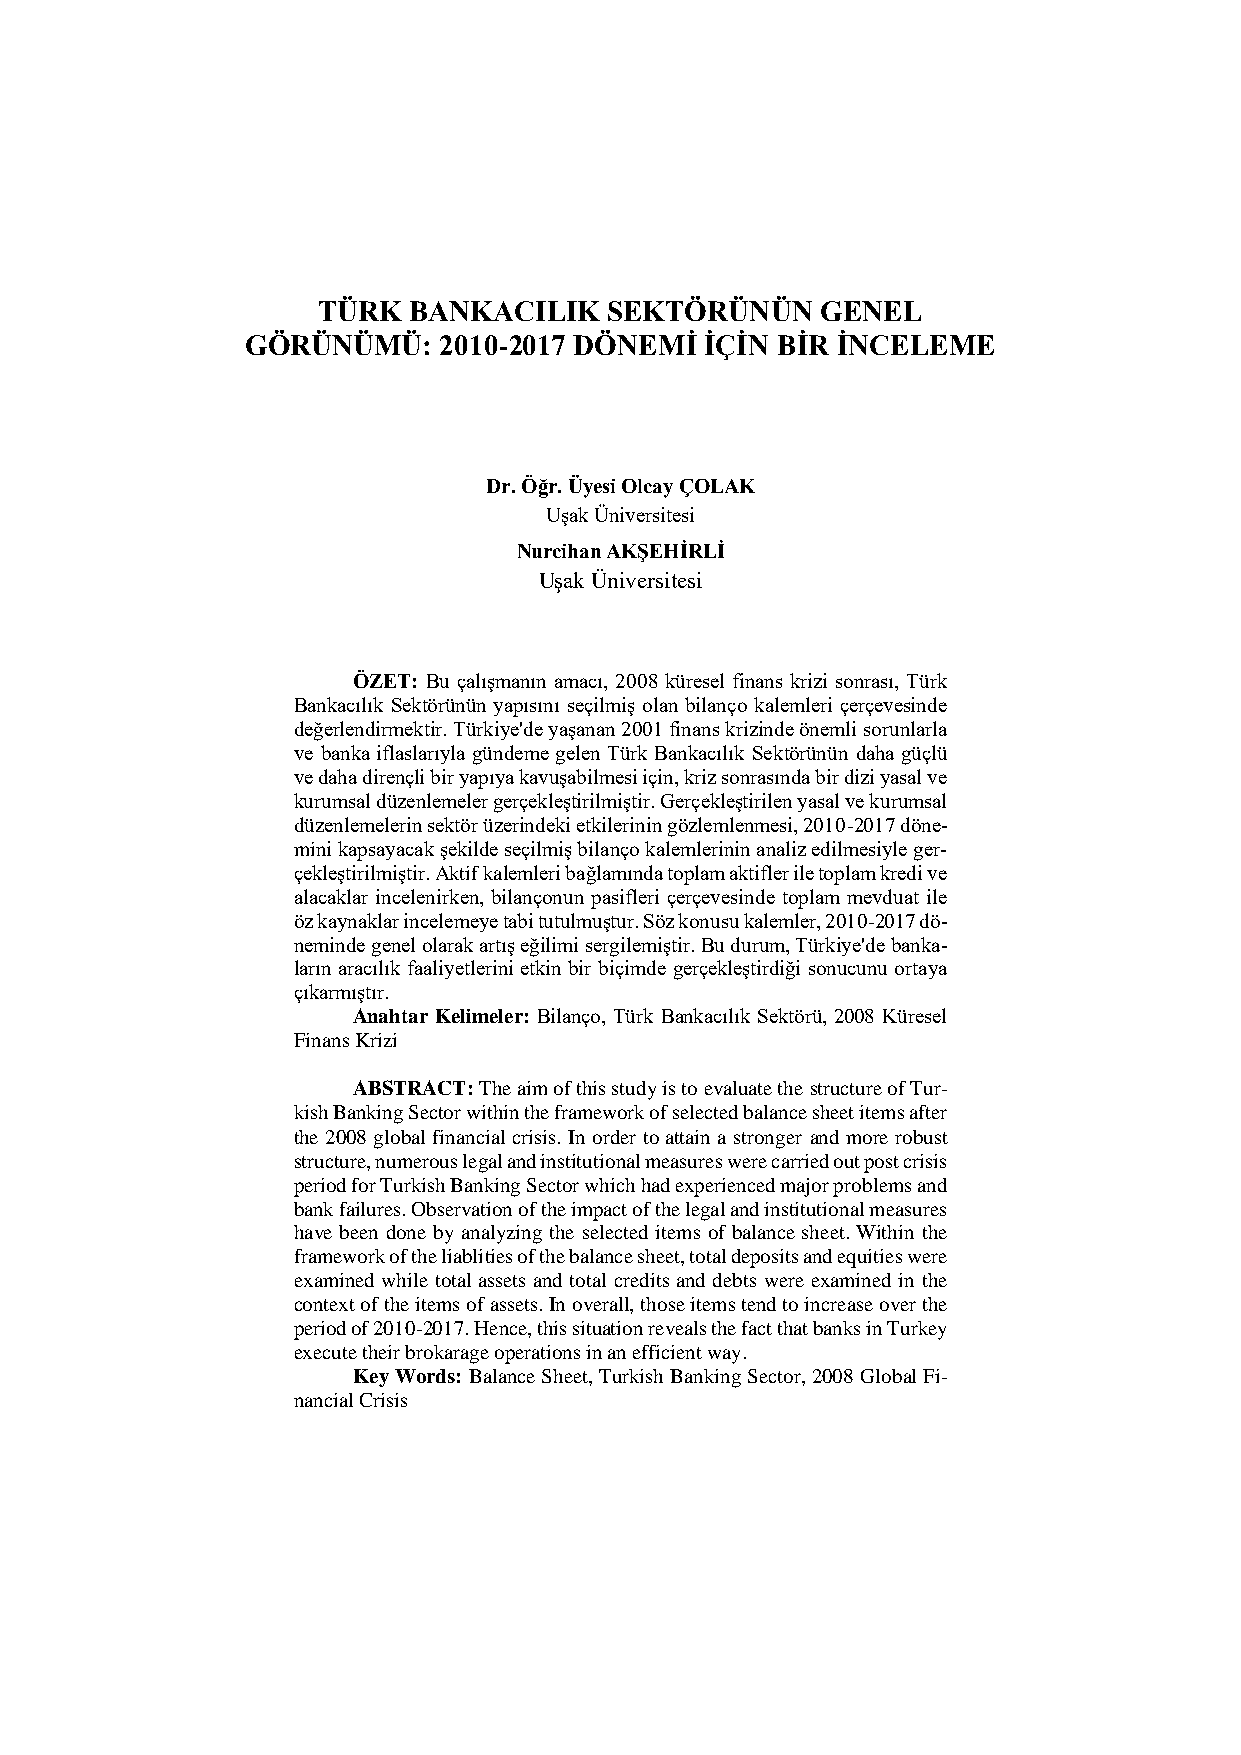
TÜRK  BANKACILIK   SEKTÖRÜNÜN    GENEL
 GÖRÜNÜMÜ:    2010-2017 DÖNEMİ  İÇİN BİR İNCELEME
 Dr. Öğr. Üyesi Olcay ÇOLAK
 Uşak Üniversitesi
 Nurcihan AKŞEHİRLİ
 Uşak Üniversitesi
 ÖZET: Bu çalışmanın amacı, 2008 küresel finans krizi sonrası, Türk
 Bankacılık Sektörünün yapısını seçilmiş olan bilanço kalemleri çerçevesinde
 değerlendirmektir. Türkiye'de yaşanan 2001 finans krizinde önemli sorunlarla
 ve banka iflaslarıyla gündeme gelen Türk Bankacılık Sektörünün daha güçlü
 ve daha dirençli bir yapıya kavuşabilmesi için, kriz sonrasında bir dizi yasal ve
 kurumsal düzenlemeler gerçekleştirilmiştir. Gerçekleştirilen yasal ve kurumsal
 düzenlemelerin sektör üzerindeki etkilerinin gözlemlenmesi, 2010-2017 döne-
 mini kapsayacak şekilde seçilmiş bilanço kalemlerinin analiz edilmesiyle ger-
 çekleştirilmiştir. Aktif kalemleri bağlamında toplam aktifler ile toplam kredi ve
 alacaklar incelenirken, bilançonun pasifleri çerçevesinde toplam mevduat ile
 öz kaynaklar incelemeye tabi tutulmuştur. Söz konusu kalemler, 2010-2017 dö-
 neminde genel olarak artış eğilimi sergilemiştir. Bu durum, Türkiye'de banka-
 ların aracılık faaliyetlerini etkin bir biçimde gerçekleştirdiği sonucunu ortaya
 çıkarmıştır.
 Anahtar Kelimeler: Bilanço, Türk Bankacılık Sektörü, 2008 Küresel
 Finans Krizi
 ABSTRACT: The aim of this study is to evaluate the structure of Tur-
 kish Banking Sector within the framework of selected balance sheet items after
 the 2008 global financial crisis. In order to attain a stronger and more robust
 structure, numerous legal and institutional measures were carried out post crisis
 period for Turkish Banking Sector which had experienced major problems and
 bank failures. Observation of the impact of the legal and institutional measures
 have been done by analyzing the selected items of balance sheet. Within the
 framework of the liablities of the balance sheet, total deposits and equities were
 examined while total assets and total credits and debts were examined in the
 context of the items of assets. In overall, those items tend to increase over the
 period of 2010-2017. Hence, this situation reveals the fact that banks in Turkey
 execute their brokarage operations in an efficient way.
 Key Words: Balance Sheet, Turkish Banking Sector, 2008 Global Fi-
 nancial Crisis